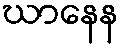
ဃာနေန